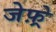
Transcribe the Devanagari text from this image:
जेफ़्रे